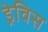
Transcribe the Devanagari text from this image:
ड्रेविस